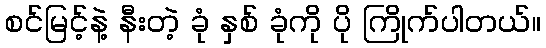
စင်မြင့်နဲ့ နီးတဲ့ ခုံ နှစ် ခုံကို ပို ကြိုက်ပါတယ်။